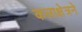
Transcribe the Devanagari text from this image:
कलाक्षेत्रने